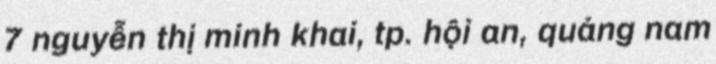
7 nguyễn thị minh khai, tp. hội an, quảng nam